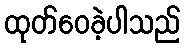
ထုတ်ဝေခဲ့ပါသည်